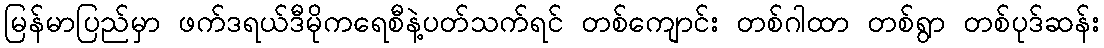
မြန်မာပြည်မှာ ဖက်ဒရယ်ဒီမိုကရေစီနဲ့ပတ်သက်ရင် တစ်ကျောင်း တစ်ဂါထာ တစ်ရွာ တစ်ပုဒ်ဆန်း